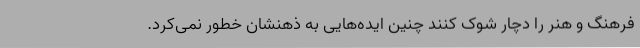
فرهنگ و هنر را دچار شوک کنند چنین ایده‌هایی به ذهنشان خطور نمی‌کرد.